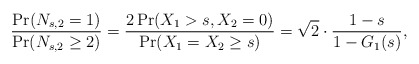
\begin{align*}\frac{\Pr(N_{s,2} = 1)}{\Pr(N_{s,2} \geq 2)} = \frac{2\Pr(X_1> s, X_2 = 0)}{\Pr(X_1 = X_2 \geq s)} = \sqrt{2} \cdot \frac{1-s}{1-G_1(s)},\end{align*}